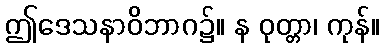
ဤဒေသနာဝိဘာဂ၌။ န ဝုတ္တာ၊ ကုန်။